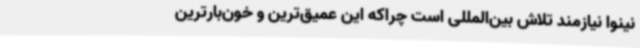
نینوا نیازمند تلاش بین‌المللی است چراکه این عمیق‌ترین و خون‌بارترین